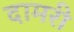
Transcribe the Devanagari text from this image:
दामरी